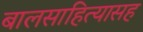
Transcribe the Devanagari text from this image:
बालसाहित्यासह